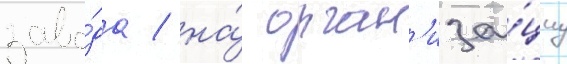
заво́да / на́ орган'иза́циу